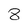
Character: 8